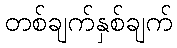
တစ်ချက်နှစ်ချက်